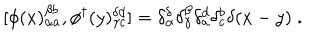
[ \phi ( x ) _ { \alpha a } ^ { \beta b } , \phi ^ { \dagger } ( y ) _ { \gamma c } ^ { \delta d } ] = \delta _ { \alpha } ^ { \delta } \delta _ { \gamma } ^ { \beta } \delta _ { a } ^ { d } \delta _ { c } ^ { b } \delta ( x - y ) \; .